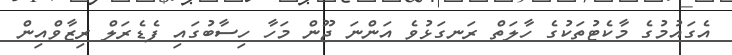
އެގައުމުގެ މާކެޓުތަކުގެ ހާލަތް ރަނގަޅުވެ އަންނަ ޖޫން މަހާ ހިސާބުގައި ފެޑެރަލް ރިޒާވްއިން